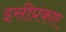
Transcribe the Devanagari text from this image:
इसीप्रकार